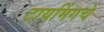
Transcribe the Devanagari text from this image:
टायमिंगचे